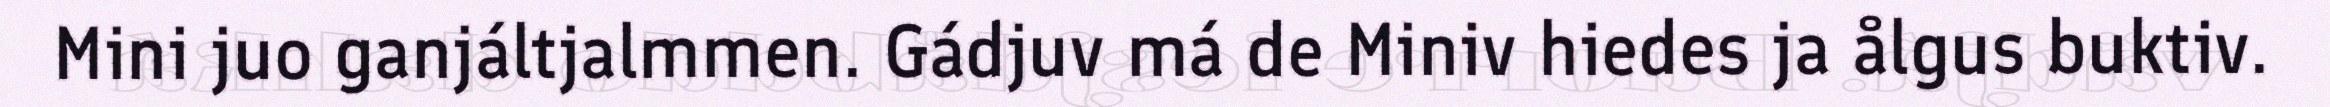
Mini juo ganjáltjalmmen. Gádjuv má de Miniv hiedes ja ålgus buktiv.